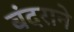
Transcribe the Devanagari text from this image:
बंदराने